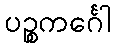
ပဉ္စကင်္ဂေါ